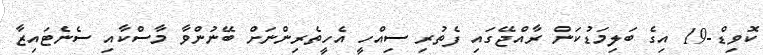
ކޮވިޑް-19 އިގެ ބަލިމަޑުކަން ރާއްޖޭގައި ފެތުރި ސިއްހީ އެހީތެރިންނަށް ބޭނުންވާ މާސްކާއި ސެނެޓައިޒާ